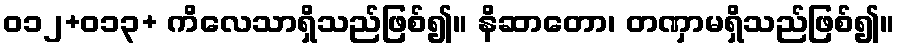
ဝ၁၂+၀၁၃+ ကိလေသာရှိသည်ဖြစ်၍။ နိဆာတော၊ တဏှာမရှိသည်ဖြစ်၍။